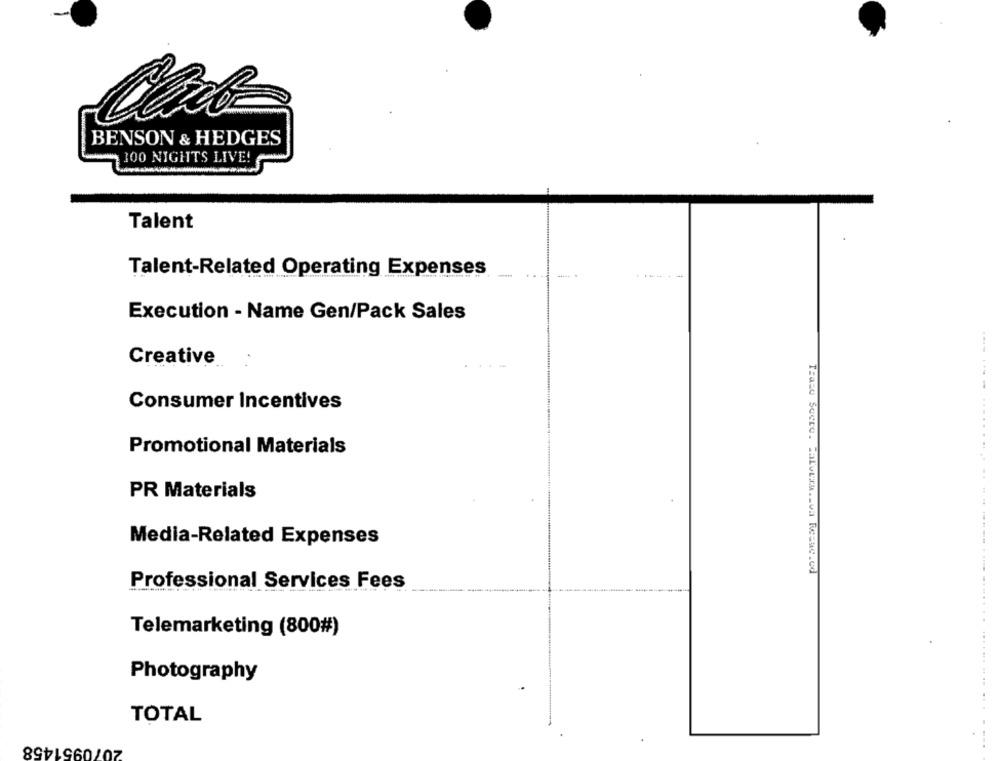
Caro-
BENSON & HEDGES
100 NIGHTS LIVE!
Talent
Talent-Related Operating Expenses
.. .
Execution - Name Gen/Pack Sales
Creative
Consumer Incentives
Promotional Materials
PR Materials
Media-Related Expenses
Traso Seero. Halvtza .. va Resuc.od
Professional Services Fees
Telemarketing (800#)
Photography
TOTAL
2070951458